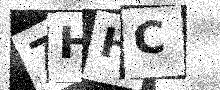
Text: 7HHC